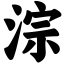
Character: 淙